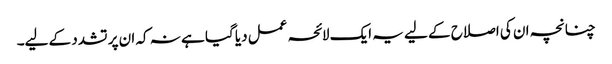
چنانچہ ان کی اصلاح کے لیے یہ ایک لائحہ عمل دیا گیا ہے نہ کہ ان پر تشدد کے لیے۔